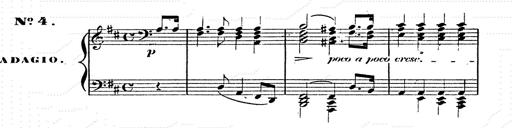
Title: Franz Schuberts geistliche Lieder
Composer: Franz Liszt